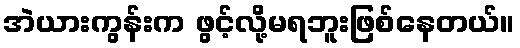
အဲယားကွန်းက ဖွင့်လို့မရဘူးဖြစ်နေတယ်။